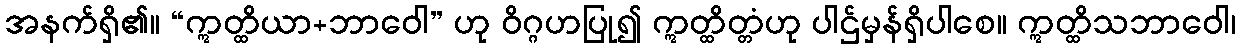
အနက်ရှိ၏။ “ဣတ္ထိယာ+ဘာဝေါ” ဟု ဝိဂ္ဂဟပြု၍ ဣတ္ထိတ္တံဟု ပါဌ်မှန်ရှိပါစေ။ ဣတ္ထိသဘာဝေါ၊